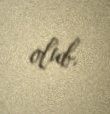
olub.